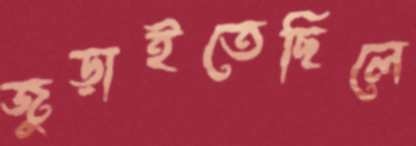
জুড়াইতেছিলে